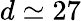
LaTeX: d\simeq 27